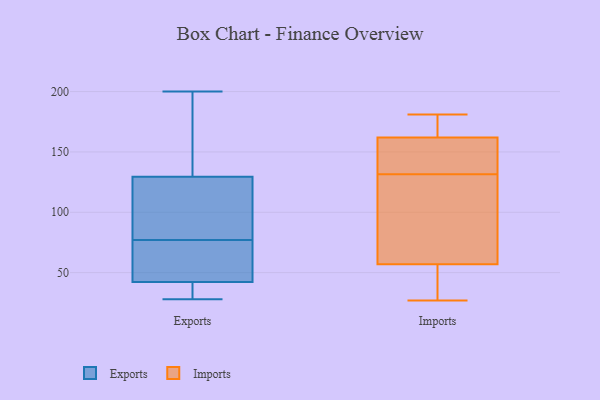
{"axis": {"x": "Humidity (%)", "y": "Value"}, "legend": ["Exports", "Imports"], "data": [{"x": "", "y": 69, "type": "Exports"}, {"x": "", "y": 35, "type": "Exports"}, {"x": "", "y": 93, "type": "Exports"}, {"x": "", "y": 177, "type": "Exports"}, {"x": "", "y": 77, "type": "Exports"}, {"x": "", "y": 28, "type": "Exports"}, {"x": "", "y": 37, "type": "Exports"}, {"x": "", "y": 49, "type": "Exports"}, {"x": "", "y": 56, "type": "Exports"}, {"x": "", "y": 80, "type": "Exports"}, {"x": "", "y": 137, "type": "Exports"}, {"x": "", "y": 136, "type": "Exports"}, {"x": "", "y": 110, "type": "Exports"}, {"x": "", "y": 200, "type": "Exports"}, {"x": "", "y": 40, "type": "Exports"}, {"x": "", "y": 55, "type": "Exports"}, {"x": "", "y": 107, "type": "Exports"}, {"x": "", "y": 34, "type": "Exports"}, {"x": "", "y": 168, "type": "Exports"}, {"x": "", "y": 159, "type": "Imports"}, {"x": "", "y": 170, "type": "Imports"}, {"x": "", "y": 27, "type": "Imports"}, {"x": "", "y": 141, "type": "Imports"}, {"x": "", "y": 37, "type": "Imports"}, {"x": "", "y": 33, "type": "Imports"}, {"x": "", "y": 122, "type": "Imports"}, {"x": "", "y": 77, "type": "Imports"}, {"x": "", "y": 181, "type": "Imports"}, {"x": "", "y": 109, "type": "Imports"}, {"x": "", "y": 152, "type": "Imports"}, {"x": "", "y": 165, "type": "Imports"}]}